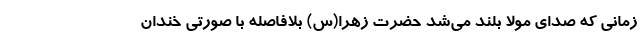
زمانی که صدای مولا بلند می‌شد حضرت زهرا(س) بلافاصله با صورتی خندان